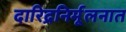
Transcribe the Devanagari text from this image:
दारिद्रनिर्मूलनात